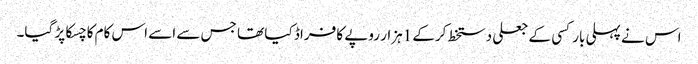
اس نے پہلی بار کسی کے جعلی دستخط کرکے 1ہزار روپے کا فراڈ کیا تھا جس سے اسے اس کام کا چسکا پڑ گیا۔